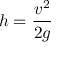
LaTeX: h = { \frac { v ^ { 2 } } { 2 g } }